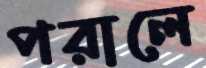
পরালে